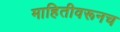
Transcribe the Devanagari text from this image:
माहितीवरूनच